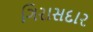
ગિરાસદાર